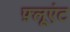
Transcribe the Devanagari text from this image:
फ़्लूएंट